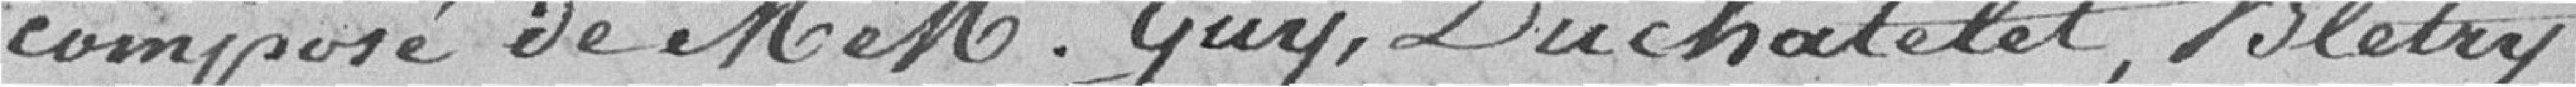
composé de Messieurs Guy, Duchatelet, Blétry,